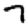
Digit: 7